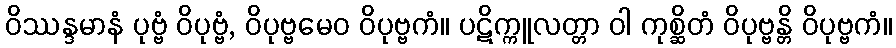
ဝိဿန္ဒမာနံ ပုဗ္ဗံ ဝိပုဗ္ဗံ, ဝိပုဗ္ဗမေဝ ဝိပုဗ္ဗကံ။ ပဋိက္ကူလတ္တာ ဝါ ကုစ္ဆိတံ ဝိပုဗ္ဗန္တိ ဝိပုဗ္ဗကံ။